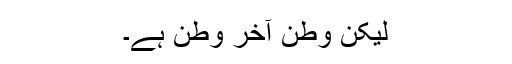
لیکن وطن آخر وطن ہے۔